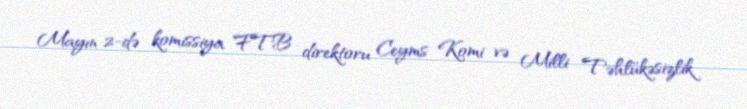
Mayın 2-də komissiya FTB direktoru Ceyms Komi və Milli Təhlükəsizlik